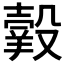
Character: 𦎯